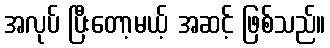
အလုပ် ပြီးတော့မယ့် အဆင့် ဖြစ်သည်။